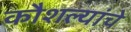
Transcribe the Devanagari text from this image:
कौशल्यांचे